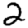
Digit: 2